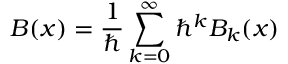
B ( x ) = { \frac { 1 } { \hbar } } \sum _ { k = 0 } ^ { \infty } \hbar ^ { k } B _ { k } ( x )